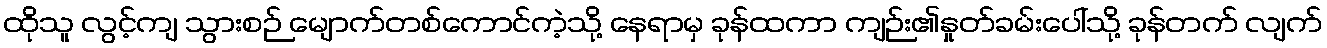
ထိုသူ လွင့်ကျ သွားစဉ် မျောက်တစ်ကောင်ကဲ့သို့ နေရာမှ ခုန်ထကာ ကျဉ်း၏နှုတ်ခမ်းပေါ်သို့ ခုန်တက် လျက်